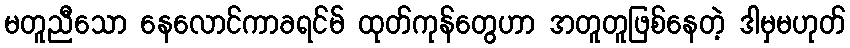
မတူညီသော နေလောင်ကာခရင်မ် ထုတ်ကုန်တွေဟာ အတူတူဖြစ်နေတဲ့ ဒါမှမဟုတ်